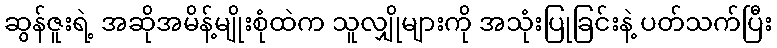
ဆွန်ဇူးရဲ့ အဆိုအမိန့်မျိုးစုံထဲက သူလျှိုများကို အသုံးပြုခြင်းနဲ့ ပတ်သက်ပြီး